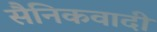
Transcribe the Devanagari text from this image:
सैनिकवादी